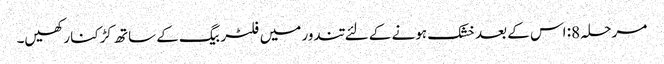
مرحلہ 8: اس کے بعد خشک ہونے کے لئے تندور میں فلٹر بیگ کے ساتھ کڑکنا رکھیں۔